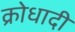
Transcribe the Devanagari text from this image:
क्रोधादी